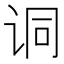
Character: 𫍣